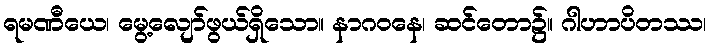
ရမဏီယေ၊ မွေ့လျော်ဖွယ်ရှိသော။ နာဂဝနေ၊ ဆင်တော၌။ ဂါဟာပိတဿ၊